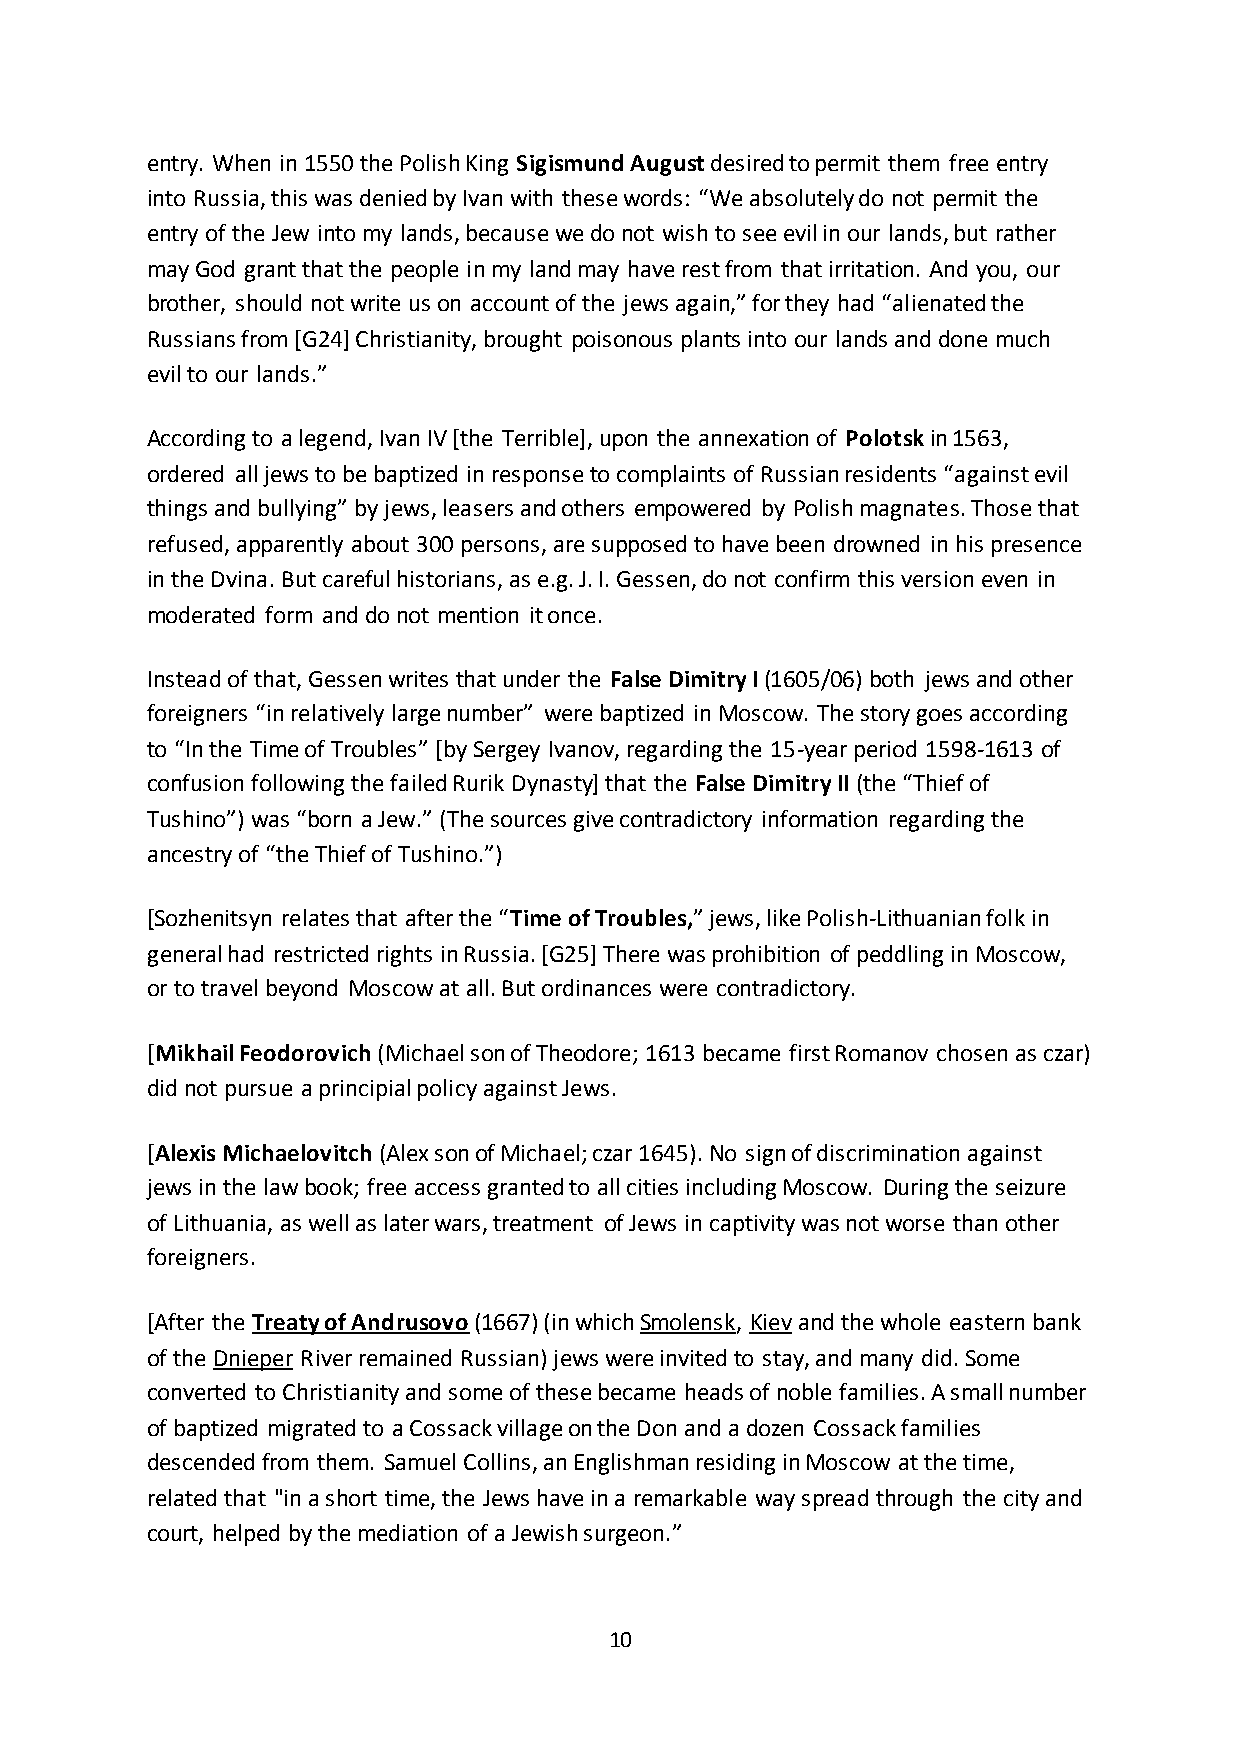
entry. When in 1550 the Polish King Sigismund August desired to permit them free entry
 into Russia, this was denied by Ivan with these words: “We absolutely do not permit the
 entry of the Jew into my lands, because we do not wish to see evil in our lands, but rather
 may God grant that the people in my land may have rest from that irritation. And you, our
 brother, should not write us on account of the jews again,” for they had “alienated the
 Russians from [G24] Christianity, brought poisonous plants into our lands and done much
 evil to our lands.”
 According to a legend, Ivan IV [the Terrible], upon the annexation of Polotsk in 1563,
 ordered all jews to be baptized in response to complaints of Russian residents “against evil
 things and bullying” by jews, leasers and others empowered by Polish magnates. Those that
 refused, apparently about 300 persons, are supposed to have been drowned in his presence
 in the Dvina. But careful historians, as e.g. J. I. Gessen, do not confirm this version even in
 moderated form and do not mention it once.
 Instead of that, Gessen writes that under the False Dimitry I (1605/06) both jews and other
 foreigners “in relatively large number” were baptized in Moscow. The story goes according
 to “In the Time of Troubles” *by Sergey Ivanov, regarding the 15-year period 1598-1613 of
 confusion following the failed Rurik Dynasty] that the False Dimitry II (the “Thief of
 Tushino”) was “born a Jew.” (The sources give contradictory information regarding the
 ancestry of “the Thief of Tushino.”)
 *Sozhenitsyn relates that after the “Time of Troubles,” jews, like Polish-Lithuanian folk in
 general had restricted rights in Russia. [G25] There was prohibition of peddling in Moscow,
 or to travel beyond Moscow at all. But ordinances were contradictory.
 [Mikhail Feodorovich (Michael son of Theodore; 1613 became first Romanov chosen as czar)
 did not pursue a principial policy against Jews.
 [Alexis Michaelovitch (Alex son of Michael; czar 1645). No sign of discrimination against
 jews in the law book; free access granted to all cities including Moscow. During the seizure
 of Lithuania, as well as later wars, treatment of Jews in captivity was not worse than other
 foreigners.
 [After the Treaty of Andrusovo (1667) (in which Smolensk, Kiev and the whole eastern bank
 of the Dnieper River remained Russian) jews were invited to stay, and many did. Some
 converted to Christianity and some of these became heads of noble families. A small number
 of baptized migrated to a Cossack village on the Don and a dozen Cossack families
 descended from them. Samuel Collins, an Englishman residing in Moscow at the time,
 related that "in a short time, the Jews have in a remarkable way spread through the city and
 court, helped by the mediation of a Jewish surgeon.”
 10